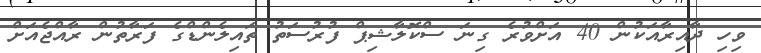
ވިހި ދާއިރާއަކުން 40 އަށްވުރެ ގިނަ ސްކޮލާޝިޕް ފުރުސަތު ތައިލެންޑްގެ ފަރާތުން ރާއްޖެއަށް